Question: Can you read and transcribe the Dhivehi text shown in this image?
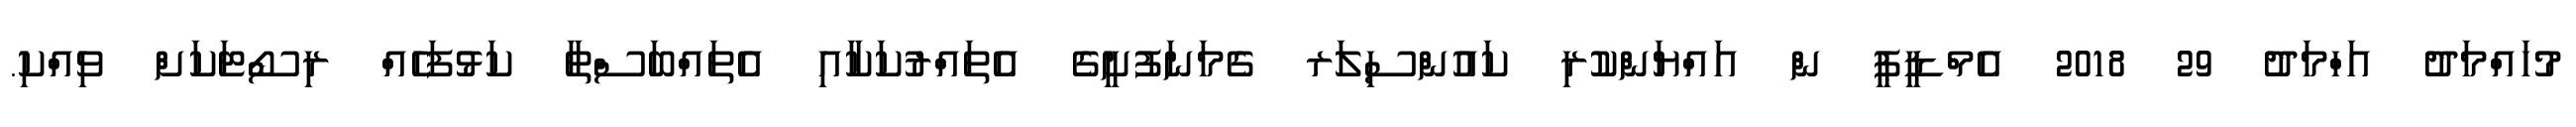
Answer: މުހައްމަދު އަހްމަދު 29 2018 އެމްޑީޕީ ން އައްޔަންކުރި ކައުންސިލަރ ގެމަނަފުށީގެ އެތައްރުކަކާއި އެތައްބަސްތާ ކަޅުފަހެއް ރިސޯޓަކަށް ވިއްކި.